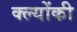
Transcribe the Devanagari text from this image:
क्ल्योंकी